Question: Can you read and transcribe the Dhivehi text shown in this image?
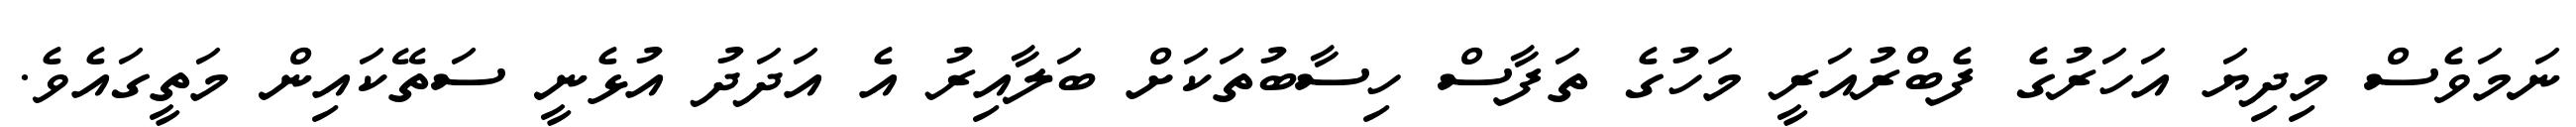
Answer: ނަމަވެސް މިދިޔަ އަހަރުގެ ފެބްރުއަރީ މަހުގެ ތަފާސް ހިސާބުތަކަށް ބަލާއިރު އެ އަދަދު އުޅެނީ ސަތޭކައިން މަތީގައެވެ.